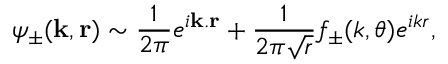
\psi _ { \pm } ( \mathbf { k } , \mathbf { r } ) \sim \frac { 1 } { 2 \pi } e ^ { i \mathbf { k } . \mathbf { r } } + \frac { 1 } { 2 \pi \sqrt { r } } f _ { \pm } ( k , \theta ) e ^ { i k r } ,